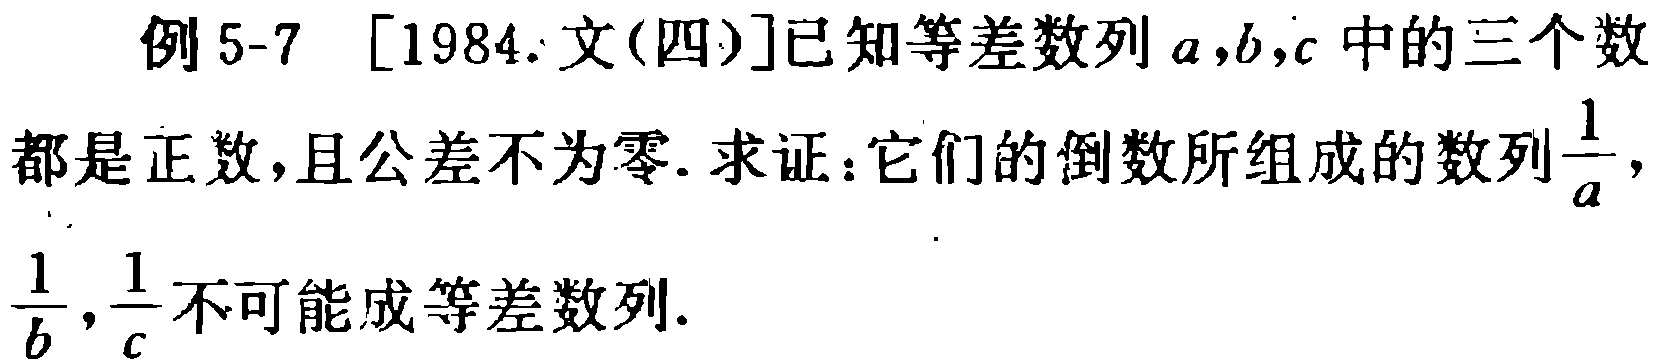
例 5-7 [1984. 文(四)]已知等差数列\(a,b,c\)中的三个数都是正数，且公差不为零. 求证：它们的倒数所组成的数列\(\frac{1}{a},\frac{1}{b},\frac{1}{c}\)不可能成等差数列.